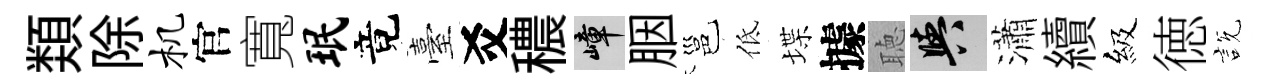
𩔖除机官寬珉竟臺爻穠嶂胭邕低堞據聴阳瀟續級徳説